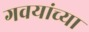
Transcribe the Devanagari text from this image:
गवयांच्या